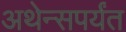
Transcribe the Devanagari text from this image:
अथेन्सपर्यंत